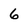
Character: 6